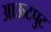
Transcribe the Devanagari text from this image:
आऊटपुट